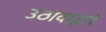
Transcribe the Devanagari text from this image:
उठावाद्वारे